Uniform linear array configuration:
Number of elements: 48
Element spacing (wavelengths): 1
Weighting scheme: exponential
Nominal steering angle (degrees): -45
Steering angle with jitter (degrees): -44.196
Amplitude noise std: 0.05
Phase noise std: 0.05

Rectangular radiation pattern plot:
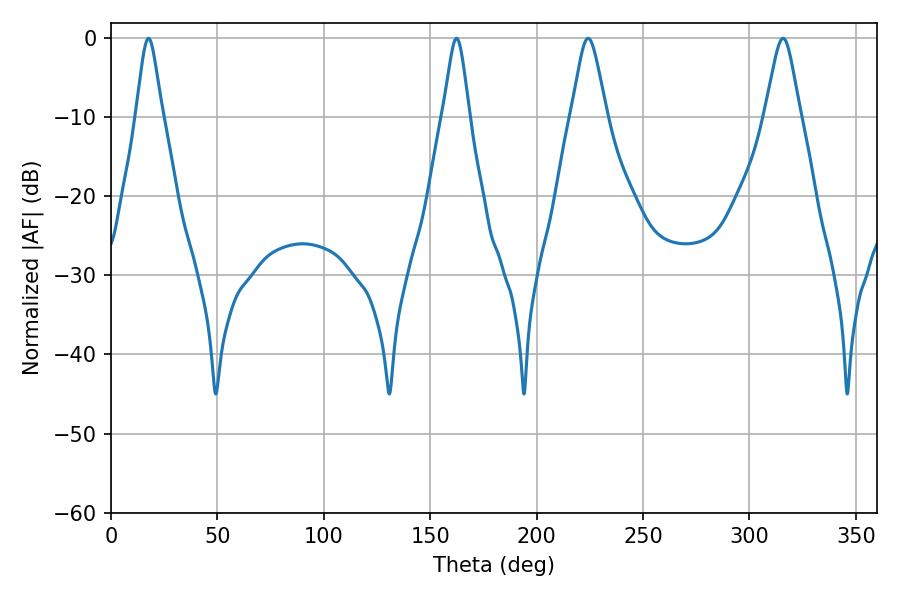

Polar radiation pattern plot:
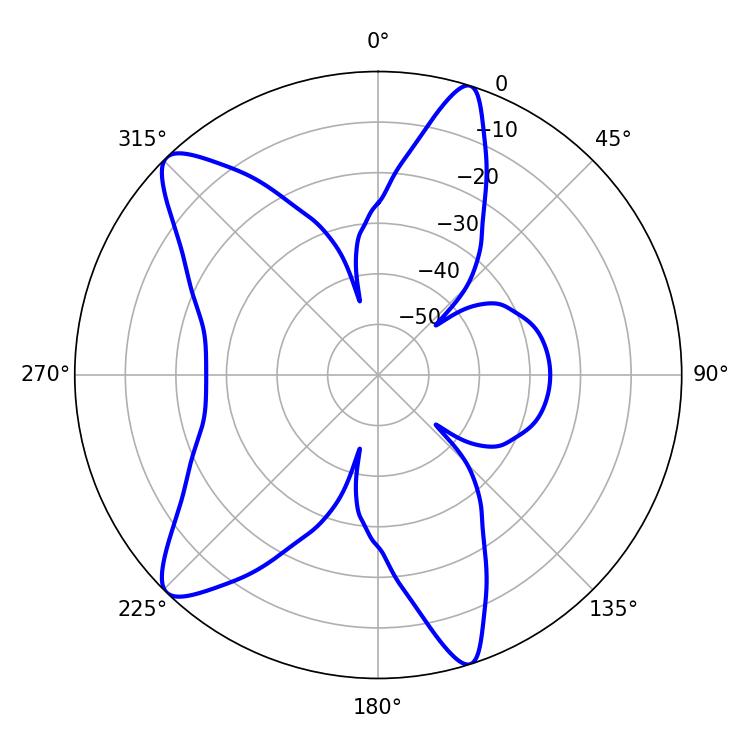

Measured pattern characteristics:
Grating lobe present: TRUE
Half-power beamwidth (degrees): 5.94
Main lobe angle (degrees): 17.64